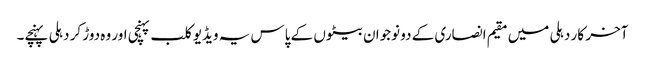
آخر کار دہلی میں مقیم انصاری کے دو نوجوان بیٹوں کے پاس یہ ویڈیو کلب پہنچی اور وہ دوڑ کر دہلی پہنچے۔